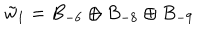
\tilde { w } _ { 1 } = B _ { - 6 } \oplus B _ { - 8 } \oplus B _ { - 9 }